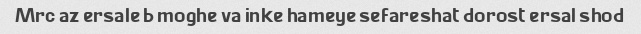
Mrc az ersale b moghe va inke hameye sefareshat dorost ersal shod